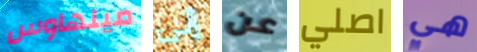
ميلهاوس إلى عن اصلي هي